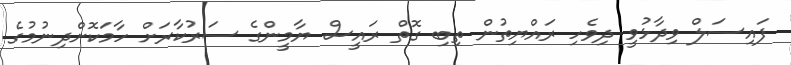
ފައިސަލް ވިދާޅުވީ ދިވެހި ރައްޔިތުން ތިބި ގޮތް ރައީސް ޔާމީންގެ ސަރުކާރަށް ހާމަކޮށްދިނުމުގެ